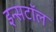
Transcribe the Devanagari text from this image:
इन्सटॉल